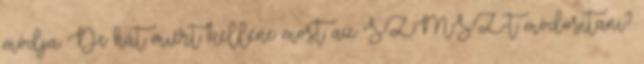
módja. De hát miért kellene most az SZMSZ-t módosítani?